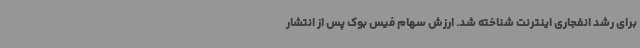
برای رشد انفجاری اینترنت شناخته شد. ارزش سهام فیس بوک پس از انتشار